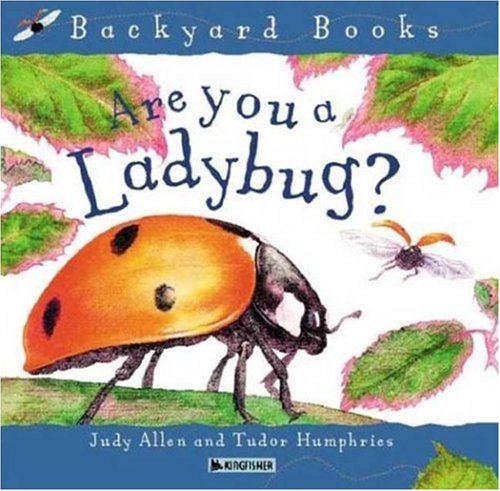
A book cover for Are You a Ladybug? (Backyard Books); Judy Allen; Children's Books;